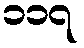
၁၁၇